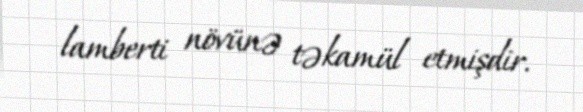
lamberti növünə təkamül etmişdir.